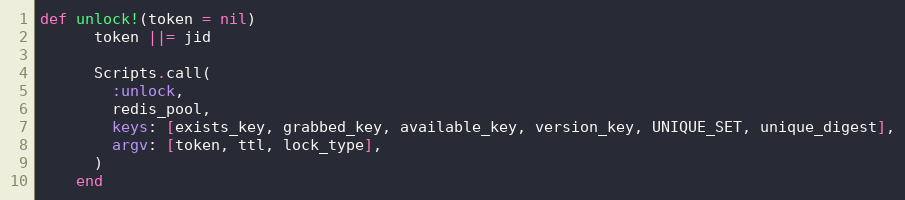
Language: Ruby
def unlock!(token = nil)
      token ||= jid

      Scripts.call(
        :unlock,
        redis_pool,
        keys: [exists_key, grabbed_key, available_key, version_key, UNIQUE_SET, unique_digest],
        argv: [token, ttl, lock_type],
      )
    end